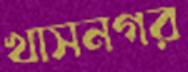
খাসনগর